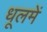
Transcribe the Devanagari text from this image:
धूलमें